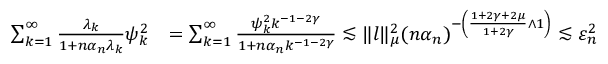
\begin{array} { r l } { \sum _ { k = 1 } ^ { \infty } \frac { \lambda _ { k } } { 1 + n { \alpha _ { n } } \lambda _ { k } } \psi _ { k } ^ { 2 } } & { = \sum _ { k = 1 } ^ { \infty } \frac { \psi _ { k } ^ { 2 } k ^ { - 1 - 2 \gamma } } { 1 + n { \alpha _ { n } } k ^ { - 1 - 2 \gamma } } \lesssim \| l \| _ { \mu } ^ { 2 } ( n \alpha _ { n } ) ^ { - \left( \frac { 1 + 2 \gamma + 2 \mu } { 1 + 2 \gamma } \wedge 1 \right) } \lesssim \varepsilon _ { n } ^ { 2 } } \end{array}